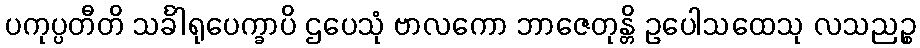
ပကုပ္ပတီတိ သင်္ခါရုပေက္ခာပိ ဌပေသုံ ဗာလကော ဘာဇေတုန္တိ ဥပေါသထေသု လသညဉ္စ